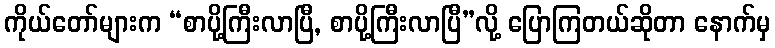
ကိုယ်တော်များက “စာပို့ကြီးလာပြီ, စာပို့ကြီးလာပြီ”လို့ ပြောကြတယ်ဆိုတာ နောက်မှ